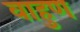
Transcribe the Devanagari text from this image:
वाहुण